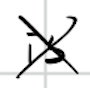
Text: is
Cross-out: cross
Writing tool: digital_black